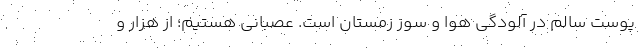
پوست سالم در آلودگی هوا و سوز زمستان است. عصبانی هستیم؛ از هزار و